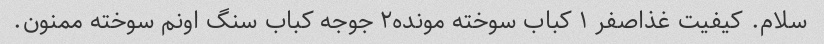
سلام. کیفیت غذاصفر ۱ کباب سوخته مونده۲ جوجه کباب سنگ اونم سوخته ممنون.